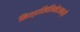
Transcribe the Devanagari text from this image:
मिश्रसिलिकेटमध्ये